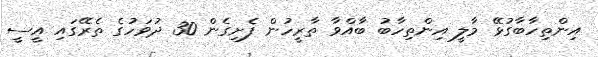
އިންތިހާބާގުޅޭ މާލީ އިންތިހާބު ބާއްވާ ތާރީހުން ފެށިގެން 30 ދުވަހުގެ ތެރޭގައި އީސީ